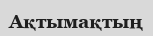
Ақтымақтың